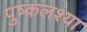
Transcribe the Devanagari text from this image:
पुष्कलश्या